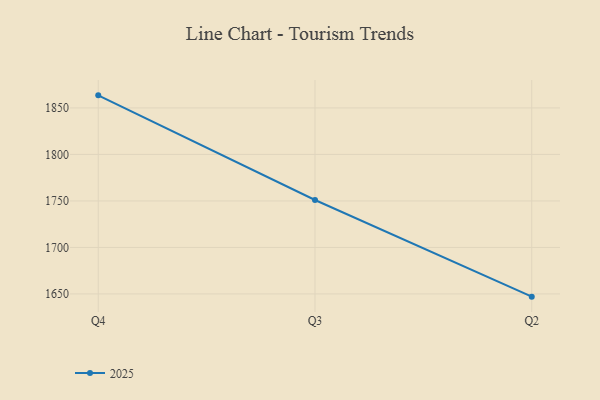
{"axis": {"x": "Quarter", "y": "Conversion Rate (%)"}, "legend": ["2025"], "data": [{"x": "Q4", "y": 1863.5, "type": "2025"}, {"x": "Q3", "y": 1751.0, "type": "2025"}, {"x": "Q2", "y": 1647.1, "type": "2025"}]}